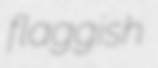
flaggish